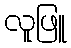
လူဖြူ